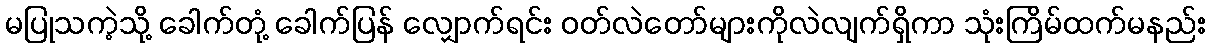
မပြုသကဲ့သို့ ခေါက်တုံ့ ခေါက်ပြန် လျှောက်ရင်း ဝတ်လဲတော်များကိုလဲလျက်ရှိကာ သုံးကြိမ်ထက်မနည်း